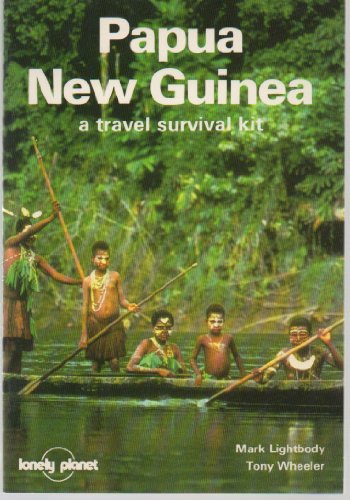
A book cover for Papua New Guinea: A Travel Survival Kit (Lonely Planet Papua New Guinea & Solomon Islands); Tony Wheeler; Travel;